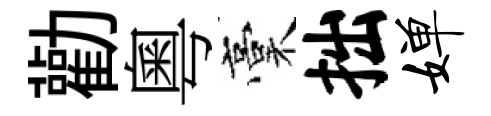
勸粵稾拙婵